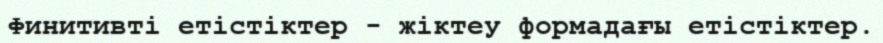
Финитивті етістіктер - жіктеу формадағы етістіктер.